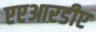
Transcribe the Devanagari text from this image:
एएआरडीए